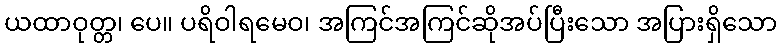
ယထာဝုတ္တ၊ ပေ။ ပရိဝါရမေဝ၊ အကြင်အကြင်ဆိုအပ်ပြီးသော အပြားရှိသော